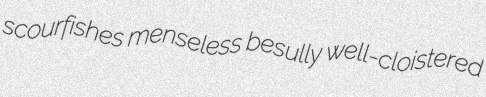
scourfishes menseless besully well-cloistered